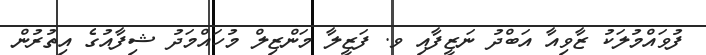
ފުވައްމުލަކު ޒާވިއާ އަބްދު ނަޒީފާއި ވ. ފަޒީލާ މަންޒިލް މުހައްމަދު ޝިފާއުގެ އިތުރުން